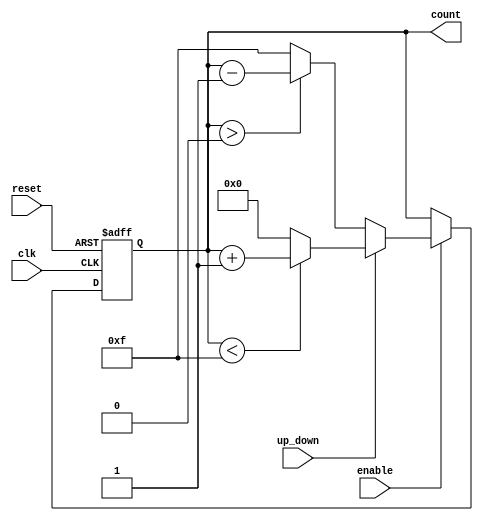
module UpDownCounter (
    input wire clk,          // Clock signal
    input wire reset,        // Asynchronous reset signal
    input wire up_down,      // Control signal for counting direction
    input wire enable,       // Enable signal for counting
    output reg [3:0] count   // 4-bit counter output
);

    // Asynchronous reset
    always @(posedge clk or posedge reset) begin
        if (reset) begin
            count <= 4'b0000; // Reset counter to 0
        end else if (enable) begin
            if (up_down) begin
                // Count up
                if (count < 4'b1111) begin
                    count <= count + 1; // Increment counter
                end else begin
                    count <= 4'b0000; // Wrap around to 0 on overflow
                end
            end else begin
                // Count down
                if (count > 4'b0000) begin
                    count <= count - 1; // Decrement counter
                end else begin
                    count <= 4'b1111; // Wrap around to max value on underflow
                end
            end
        end
    end

endmodule